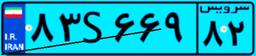
۵۱S۰۷۹۵۷